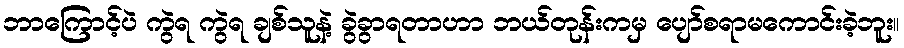
ဘာကြောင့်ပဲ ကွဲရ ကွဲရ ချစ်သူနဲ့ ခွဲခွာရတာဟာ ဘယ်တုန်းကမှ ပျော်စရာမကောင်းခဲ့ဘူး။